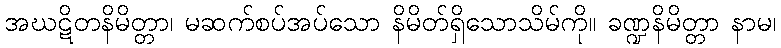
အဃဋိတနိမိတ္တာ၊ မဆက်စပ်အပ်သော နိမိတ်ရှိသောသိမ်ကို။ ခဏ္ဍနိမိတ္တာ နာမ၊